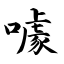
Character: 噱